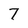
Character: 7